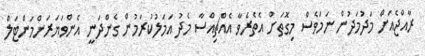
ރާއްޖެއަށް މަދުމަދުން ނަމަވެސް މިގޮތަށް އެތެރެވާ އެއްޗިއްސާ މެދު އަމަލުކުރަމުން ގެންދަނީ އެންވަޔަރަންމަންޓަލް